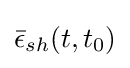
{\bar {\epsilon }}_{sh}(t,t_{0})